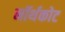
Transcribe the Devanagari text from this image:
नॉर्थकोट